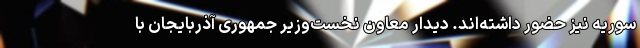
سوریه نیز حضور داشته‌اند. دیدار معاون نخست‌وزیر جمهوری آذربایجان با